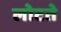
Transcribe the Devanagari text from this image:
लोटते